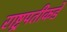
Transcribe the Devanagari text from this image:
राष्ट्रपतीकडे